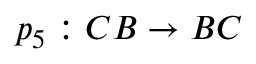
p _ { 5 } : C B \rightarrow B C